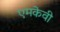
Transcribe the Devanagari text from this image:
एमकेवी